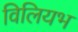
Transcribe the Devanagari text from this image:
विलियभ